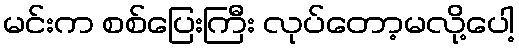
မင်းက စစ်ပြေးကြီး လုပ်တော့မလို့ပေါ့